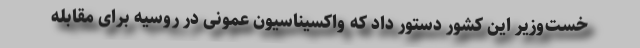
خست‌وزیر این کشور دستور داد که واکسیناسیون عمونی در روسیه برای مقابله